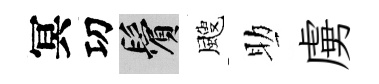
冥㓛鬢颼助虜